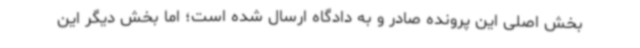
بخش اصلی این پرونده صادر و به دادگاه ارسال شده است؛ اما بخش دیگر این